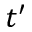
t ^ { \prime }